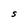
Character: S